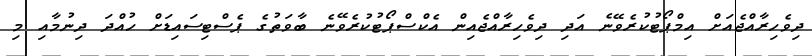
ދިވެހިރާއްޖެއަށް އިމްޕޯޓުކުރެވޭނެ އަދި ދިވެހިރާއްޖެއިން އެކްސްޕޯޓުކުރެވޭނެ ބާވަތުގެ ޕެސްޓިސައިޑަށް ހުއްދަ ދިނުމާއި މި